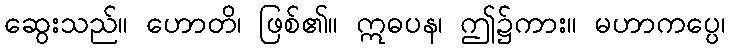
ဆွေးသည်။ ဟောတိ၊ ဖြစ်၏။ ဣဓပန၊ ဤ၌ကား။ မဟာကပ္ပေ၊